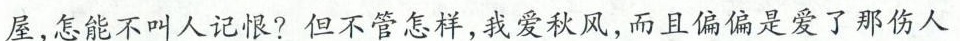
屋，怎能不叫人记恨?但不管怎样，我爱秋风，而且偏偏是爱了那伤人